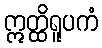
ဣတ္ထိရူပကံ